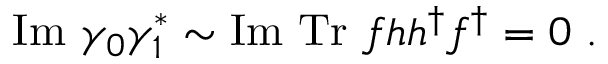
\mathrm { I m } ~ \gamma _ { 0 } \gamma _ { 1 } ^ { * } \sim \mathrm { I m } ~ \mathrm { T r } ~ f h h ^ { \dag } f ^ { \dag } = 0 ~ .